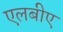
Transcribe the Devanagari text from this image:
एलबीए